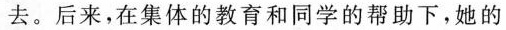
去。后来，在集体的教育和同学的帮助下，她的